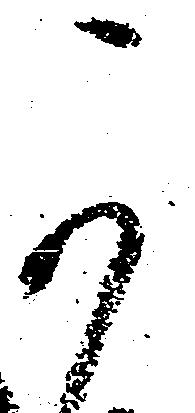
可